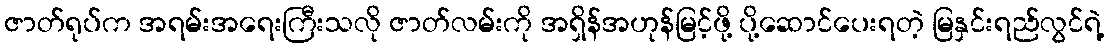
ဇာတ်ရုပ်က အရမ်းအရေးကြီးသလို ဇာတ်လမ်းကို အရှိန်အဟုန်မြင့်ဖို့ ပို့ဆောင်ပေးရတဲ့ မြနှင်းရည်လွင်ရဲ့